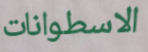
الاسطوانات